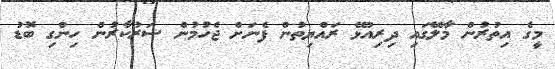
މީގެ އިތުރުން މާލޭގައި ދިރިއުޅޭ ރައްޔިތުން ފެނަށް ޖެހުމުން ސަރުކާރުން ހިންގި ބޮޑު